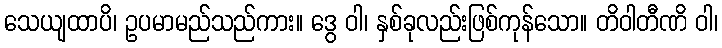
သေယျထာပိ၊ ဥပမာမည်သည်ကား။ ဒွေ ဝါ၊ နှစ်ခုလည်းဖြစ်ကုန်သော။ တိဝါတီဏိ ဝါ၊